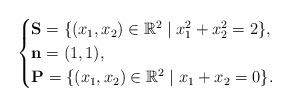
LaTeX: \begin{align*}\begin{cases}\mathbf{S} = \{ (x_1, x_2) \in \mathbb{R}^2 \mid x_1^2 + x_2^2 = 2 \},\\\mathbf{n} = (1, 1), \\ \mathbf{P} = \{ (x_1, x_2) \in \mathbb{R}^2 \mid x_1 + x_2 = 0 \}.\end{cases}\end{align*}